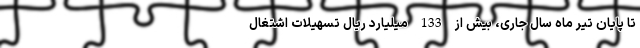
تا پایان تیر ماه سال جاری، بیش از 133 میلیارد ریال تسهیلات اشتغال